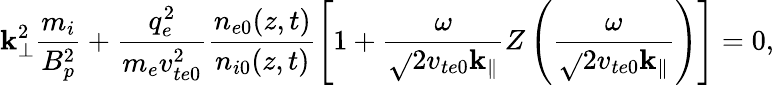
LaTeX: \mathbf{k}_{\perp}^{2}\frac{{m_{i}}}{{B_{p}^{2}}}+\frac{{q_{e}^{2}}}{{m_{e}v_{te0}^{2}}}\frac{{n_{e0}(z,t)}}{{n_{i0}(z,t)}}\left[1+\frac{{\omega}}{{\sqrt{}{{2}}v_{te0}\mathbf{k}_{\parallel}}}Z\left(\frac{{\omega}}{{\sqrt{}{{2}}v_{te0}\mathbf{k}_{\parallel}}}\right)\right]=0,